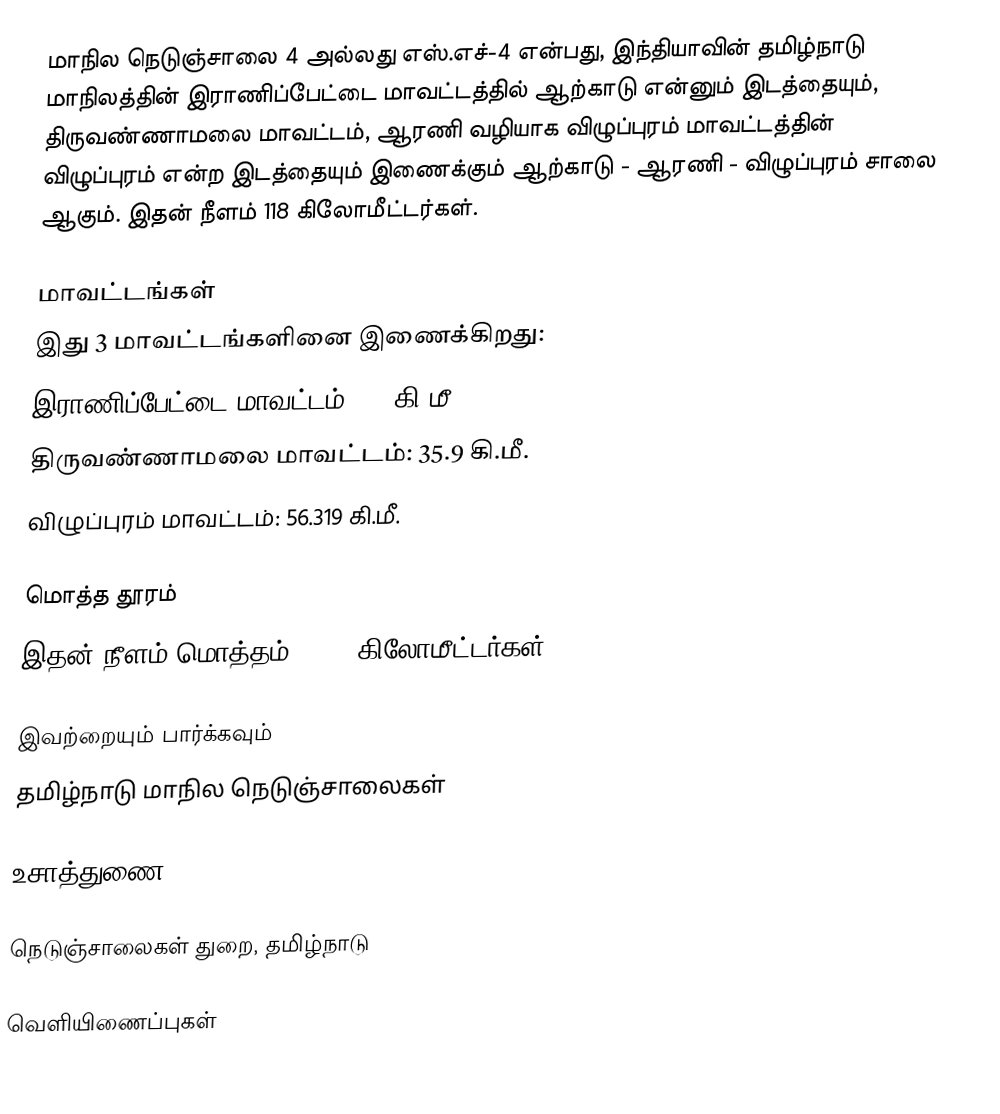
மாநில நெடுஞ்சாலை 4 அல்லது எஸ்.எச்-4 என்பது, இந்தியாவின் தமிழ்நாடு மாநிலத்தின் இராணிப்பேட்டை மாவட்டத்தில் ஆற்காடு என்னும் இடத்தையும், திருவண்ணாமலை மாவட்டம், ஆரணி வழியாக விழுப்புரம் மாவட்டத்தின் விழுப்புரம் என்ற இடத்தையும் இணைக்கும் ஆற்காடு - ஆரணி - விழுப்புரம் சாலை ஆகும். இதன் நீளம் 118  கிலோமீட்டர்கள்.

மாவட்டங்கள்
இது 3 மாவட்டங்களினை இணைக்கிறது:
 இராணிப்பேட்டை மாவட்டம்: 18 கி.மீ.
 திருவண்ணாமலை மாவட்டம்: 35.9 கி.மீ.
 விழுப்புரம் மாவட்டம்: 56.319 கி.மீ.

மொத்த தூரம்
இதன் நீளம் மொத்தம் 114.6 கிலோமீட்டர்கள் .

இவற்றையும் பார்க்கவும்
 தமிழ்நாடு மாநில நெடுஞ்சாலைகள்

உசாத்துணை

 நெடுஞ்சாலைகள் துறை, தமிழ்நாடு

வெளியிணைப்புகள்